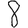
Digit: 8